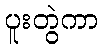
ပူးတွဲကာ